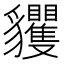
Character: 貜